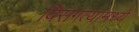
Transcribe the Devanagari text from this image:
विसंगत्यांमध्ये